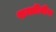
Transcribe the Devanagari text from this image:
शक्तीवीण